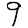
Digit: 9